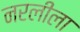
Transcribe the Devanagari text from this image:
नरलीला